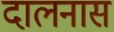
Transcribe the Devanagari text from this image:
दालनास